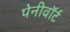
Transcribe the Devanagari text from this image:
पेनीवॉर्ट